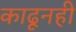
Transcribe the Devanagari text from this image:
काढूनही